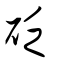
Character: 砭